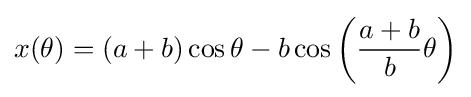
x(\theta )=(a+b)\cos \theta -b\cos \left({\frac {a+b}{b}}\theta \right)